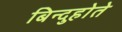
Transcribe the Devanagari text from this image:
बिन्दुहोते